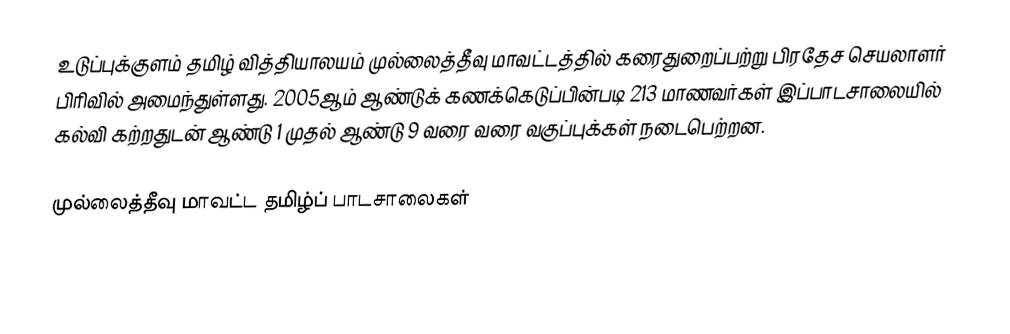
உடுப்புக்குளம் தமிழ் வித்தியாலயம் முல்லைத்தீவு மாவட்டத்தில் கரைதுறைப்பற்று பிரதேச செயலாளர் பிரிவில் அமைந்துள்ளது. 2005ஆம் ஆண்டுக் கணக்கெடுப்பின்படி 213 மாணவர்கள் இப்பாடசாலையில் கல்வி கற்றதுடன் ஆண்டு 1 முதல் ஆண்டு 9 வரை வரை வகுப்புக்கள் நடைபெற்றன.

முல்லைத்தீவு மாவட்ட தமிழ்ப் பாடசாலைகள்